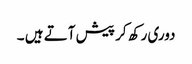
دوری رکھ کر پیش آتے ہیں ۔